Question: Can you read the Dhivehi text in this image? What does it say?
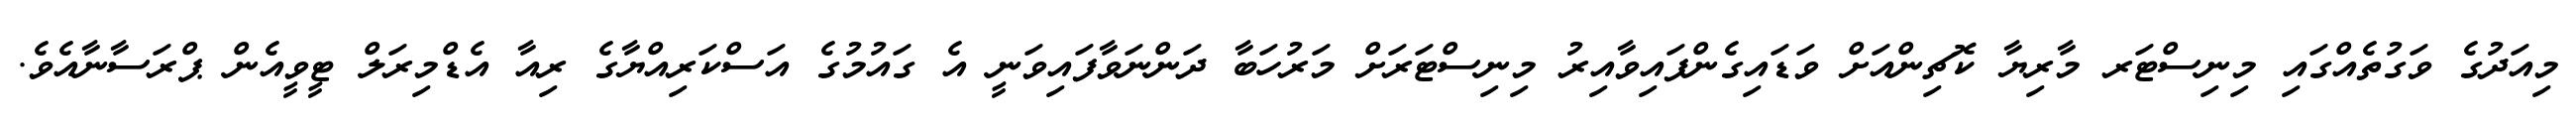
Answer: މިއަދުގެ ވަގުތެއްގައި މިނިސްޓަރ މާރިޔާ ކޮޗިންއަށް ވަޑައިގެންފައިވާއިރު މިނިސްޓަރަށް މަރުހަބާ ދަންނަވާފައިވަނީ އެ ގައުމުގެ އަސްކަރިއްޔާގެ ރިއާ އެޑްމިރަލް ޓީވީއެން ޕްރަސާނާއެވެ.